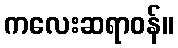
ကလေးဆရာဝန်။